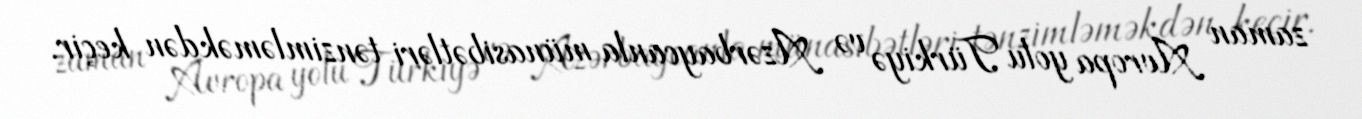
zaman Avropa yolu Türkiyə və Azərbaycanla münasibətləri tənzimləməkdən keçir.